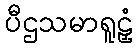
ပီဌသမာရူဠှံ